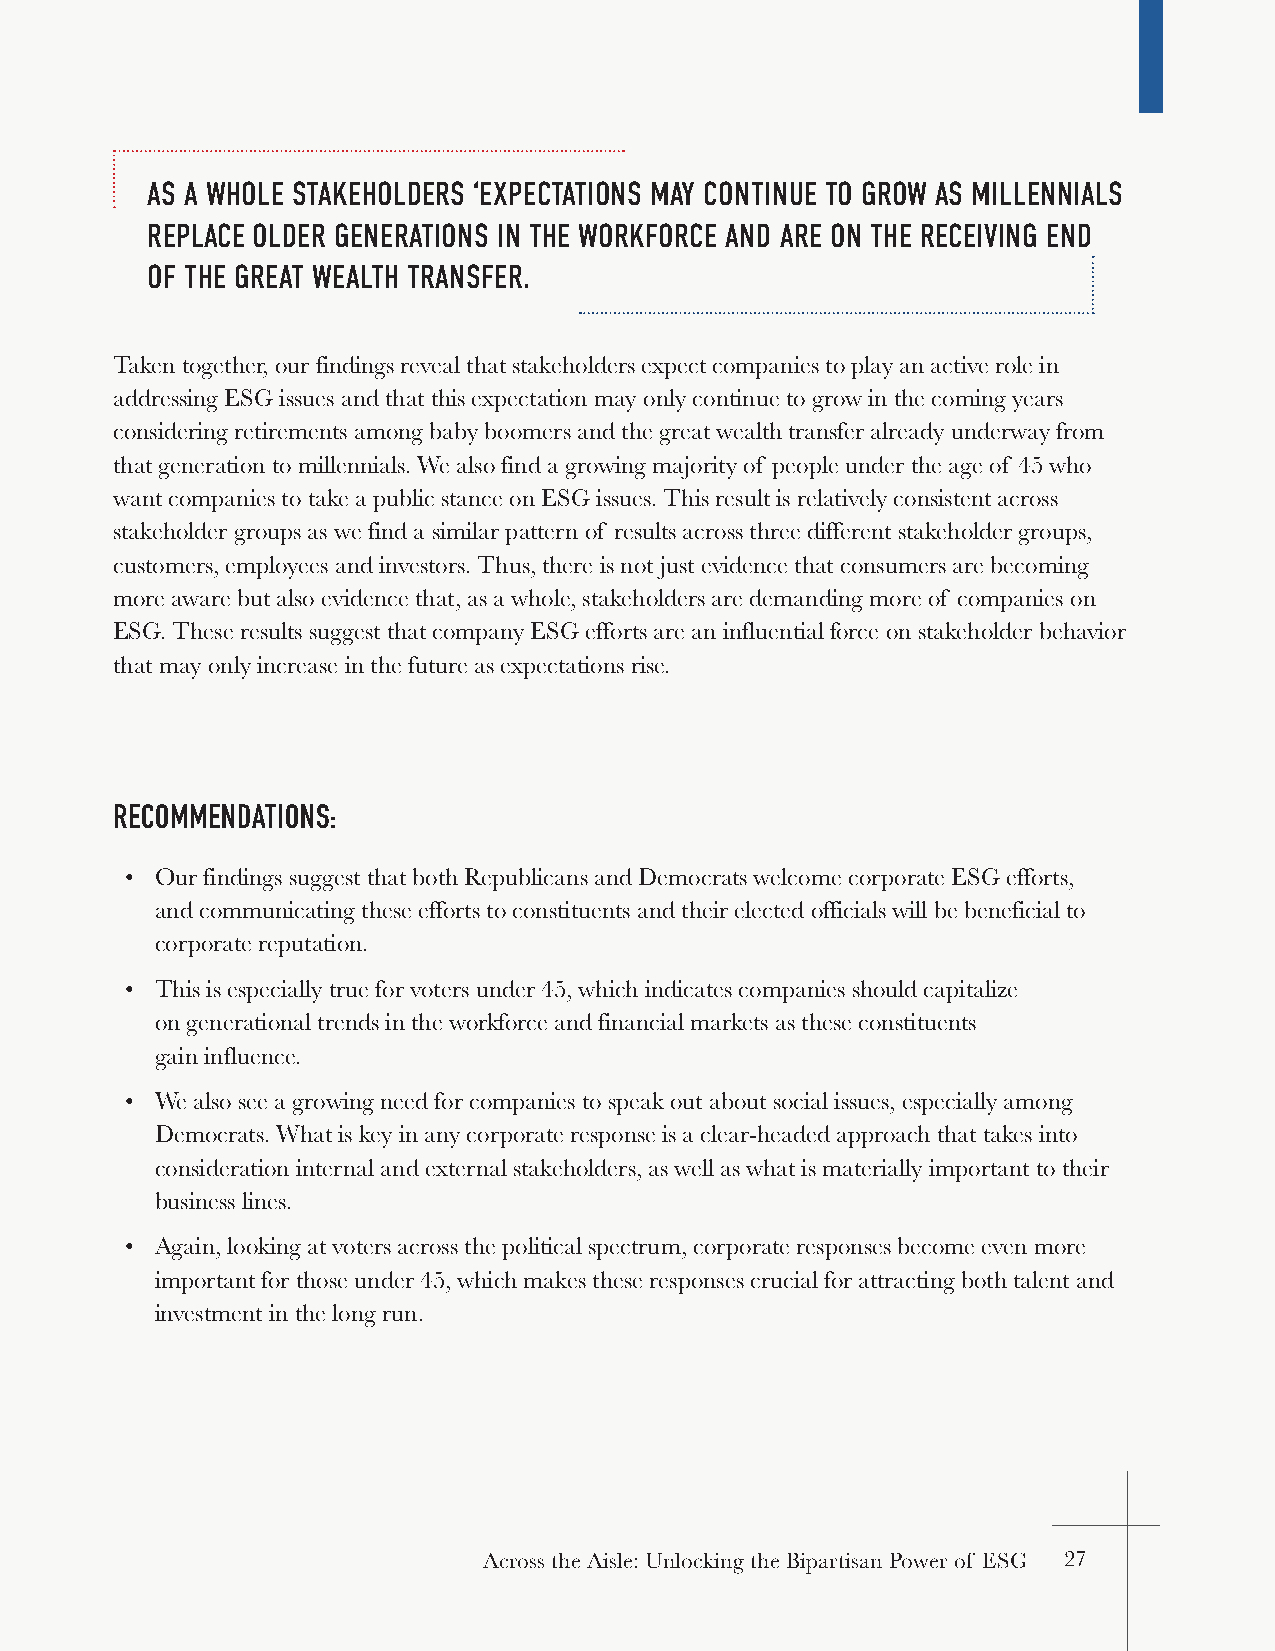
AS A WHOLE STAKEHOLDERS ‘EXPECTATIONS MAY CONTINUE TO GROW AS MILLENNIALS
 REPLACE OLDER GENERATIONS IN THE WORKFORCE AND ARE ON THE RECEIVING END
 OF THE GREAT WEALTH TRANSFER.
 Taken together, our findings reveal that stakeholders expect companies to play an active role in
 addressing ESG issues and that this expectation may only continue to grow in the coming years
 considering retirements among baby boomers and the great wealth transfer already underway from
 that generation to millennials. We also find a growing majority of people under the age of 45 who
 want companies to take a public stance on ESG issues. This result is relatively consistent across
 stakeholder groups as we find a similar pattern of results across three different stakeholder groups,
 customers, employees and investors. Thus, there is not just evidence that consumers are becoming
 more aware but also evidence that, as a whole, stakeholders are demanding more of companies on
 ESG. These results suggest that company ESG efforts are an influential force on stakeholder behavior
 that may only increase in the future as expectations rise.
 RECOMMENDATIONS:
 • Our findings suggest that both Republicans and Democrats welcome corporate ESG efforts,
 and communicating these efforts to constituents and their elected officials will be beneficial to
 corporate reputation.
 • This is especially true for voters under 45, which indicates companies should capitalize
 on generational trends in the workforce and financial markets as these constituents
 gain influence.
 • We also see a growing need for companies to speak out about social issues, especially among
 Democrats. What is key in any corporate response is a clear-headed approach that takes into
 consideration internal and external stakeholders, as well as what is materially important to their
 business lines.
 • Again, looking at voters across the political spectrum, corporate responses become even more
 important for those under 45, which makes these responses crucial for attracting both talent and
 investment in the long run.
 AAccrroossss tthhee AAiissllee:: UUnnlloocckkiinngg tthhee BBiippaarrttiissaann PPoowweerr ooff EESSGG 27